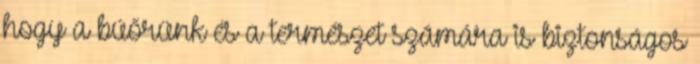
hogy a búőrünk és a természet számára is biztonságos